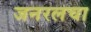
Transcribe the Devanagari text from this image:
जनरलचा